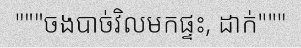
"""ចងបាច់វិលមកផ្ទះ, ដាក់"""